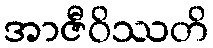
အာဇီဝိဿတိ